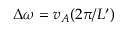
\Delta \omega = v _ { A } ( 2 \pi / L ^ { \prime } )